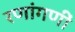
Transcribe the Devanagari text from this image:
रणांगणीं